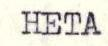
HETA